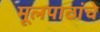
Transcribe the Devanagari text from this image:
मूलपाठांचे